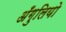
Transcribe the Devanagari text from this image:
अँगुलियो